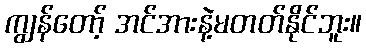
ကျွန်တော့် အင်အားနဲ့မတတ်နိုင်ဘူး။